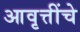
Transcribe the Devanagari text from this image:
आवृत्तींचे